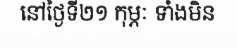
នៅថ្ងៃទី២១ កុម្ភៈ ទាំងមិន